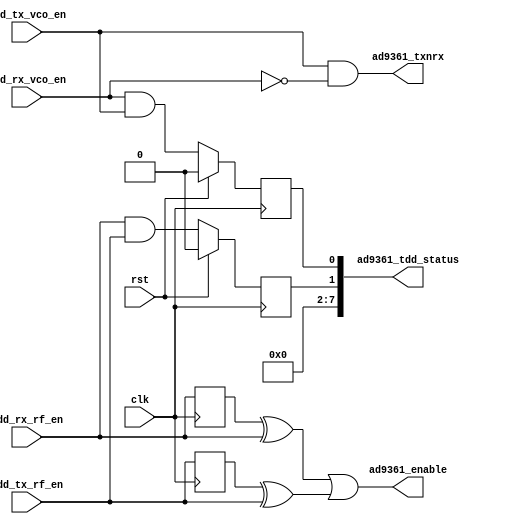
// ***************************************************************************
// ***************************************************************************
// Copyright 2014 - 2017 (c) Analog Devices, Inc. All rights reserved.
//
// In this HDL repository, there are many different and unique modules, consisting
// of various HDL (Verilog or VHDL) components. The individual modules are
// developed independently, and may be accompanied by separate and unique license
// terms.
//
// The user should read each of these license terms, and understand the
// freedoms and responsibilities that he or she has by using this source/core.
//
// This core is distributed in the hope that it will be useful, but WITHOUT ANY
// WARRANTY; without even the implied warranty of MERCHANTABILITY or FITNESS FOR
// A PARTICULAR PURPOSE.
//
// Redistribution and use of source or resulting binaries, with or without modification
// of this file, are permitted under one of the following two license terms:
//
//   1. The GNU General Public License version 2 as published by the
//      Free Software Foundation, which can be found in the top level directory
//      of this repository (LICENSE_GPL2), and also online at:
//      <https://www.gnu.org/licenses/old-licenses/gpl-2.0.html>
//
// OR
//
//   2. An ADI specific BSD license, which can be found in the top level directory
//      of this repository (LICENSE_ADIBSD), and also on-line at:
//      https://github.com/analogdevicesinc/hdl/blob/master/LICENSE_ADIBSD
//      This will allow to generate bit files and not release the source code,
//      as long as it attaches to an ADI device.
//
// ***************************************************************************
// ***************************************************************************

`timescale 1ns/1ps

module axi_ad9361_tdd_if #(
  parameter       LEVEL_OR_PULSE_N = 0
) (
  input                   clk,
  input                   rst,

  // control signals from the tdd control

  input                   tdd_rx_vco_en,
  input                   tdd_tx_vco_en,
  input                   tdd_rx_rf_en,
  input                   tdd_tx_rf_en,

  // device interface

  output                  ad9361_txnrx,
  output                  ad9361_enable,

  // interface status

  output      [ 7:0]      ad9361_tdd_status
);

  localparam      PULSE_MODE = 0;
  localparam      LEVEL_MODE = 1;

  // internal registers

  reg             tdd_vco_overlap = 1'b0;
  reg             tdd_rf_overlap = 1'b0;

  wire            ad9361_txnrx_s;
  wire            ad9361_enable_s;

  // just one VCO can be enabled at a time
  assign ad9361_txnrx_s = tdd_tx_vco_en & ~tdd_rx_vco_en;

  generate
  if (LEVEL_OR_PULSE_N == PULSE_MODE) begin
    reg  tdd_rx_rf_en_d = 1'b0;
    reg  tdd_tx_rf_en_d = 1'b0;
    always @(posedge clk) begin
      tdd_rx_rf_en_d <= tdd_rx_rf_en;
      tdd_tx_rf_en_d <= tdd_tx_rf_en;
    end
    assign ad9361_enable_s = (tdd_rx_rf_en_d ^ tdd_rx_rf_en) ||
                             (tdd_tx_rf_en_d ^ tdd_tx_rf_en);
  end else
    assign ad9361_enable_s = (tdd_rx_rf_en | tdd_tx_rf_en);
  endgenerate

  always @(posedge clk) begin
    if (rst == 1'b1) begin
      tdd_vco_overlap <= 1'b0;
      tdd_rf_overlap <= 1'b0;
    end else begin
      tdd_vco_overlap <= tdd_rx_vco_en & tdd_tx_vco_en;
      tdd_rf_overlap <= tdd_rx_rf_en & tdd_tx_rf_en;
    end
  end

  assign ad9361_tdd_status = {6'b0, tdd_rf_overlap, tdd_vco_overlap};

  assign ad9361_txnrx = ad9361_txnrx_s;
  assign ad9361_enable = ad9361_enable_s;

endmodule